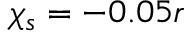
{ \chi _ { s } = - 0 . 0 5 r }